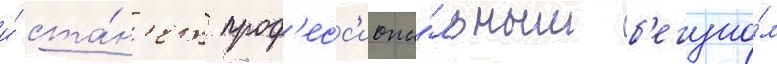
и́ ста́н'ет проф'есс'иона́льным б'егуно́м